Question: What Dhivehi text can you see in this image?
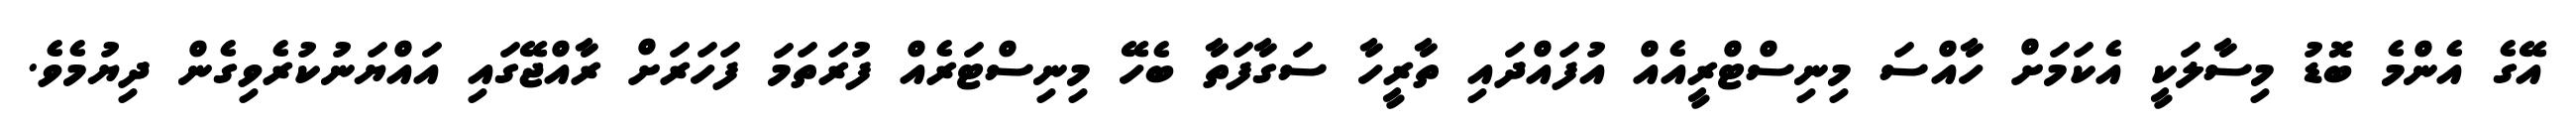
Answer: އޭގެ އެންމެ ބޮޑު މިސާލަކީ އެކަމަށް ހާއްސަ މިނިސްޓްރީއެއް އުފައްދައި ތާރީހާ ސަގާފަތާ ބެހޭ މިނިސްޓަރެއް ފުރަތަމަ ފަހަރަށް ރާއްޖޭގައި އައްޔަނުކުރެވިގެން ދިޔުމެވެ.